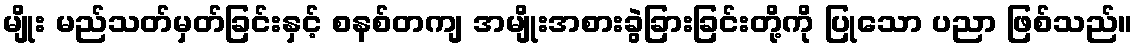
မျိုး မည်သတ်မှတ်ခြင်းနှင့် စနစ်တကျ အမျိုးအစားခွဲခြားခြင်းတို့ကို ပြုသော ပညာ ဖြစ်သည်။